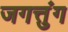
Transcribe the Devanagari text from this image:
जगत्तुंग